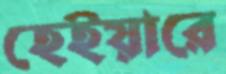
হেইয়ারে